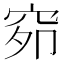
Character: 𰩇